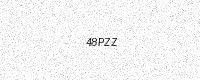
Text: 48PZZ